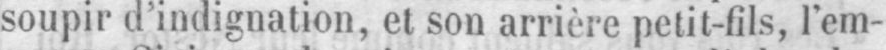
soupir d’indignation, et son arrière petit-fils, l’em-